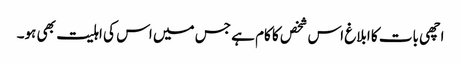
اچھی بات کا ابلاغ اس شخص کا کام ہے جس میں اس کی اہلیت بھی ہو۔